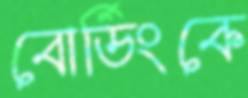
বোর্ডিংকে